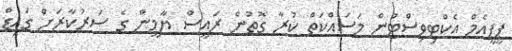
ޕީޕީއެމް އެކްޓިވިސްޓުން މަސައްކަތް ކުރާ ގޮތުން ރައީސް ޔާމީން ގެ ސަރުކާރަށް ގައިޑް